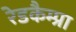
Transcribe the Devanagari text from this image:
रेडकैम्प्रा